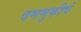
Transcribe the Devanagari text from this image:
दमणुकीचे